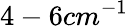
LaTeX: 4-6cm^{-1}